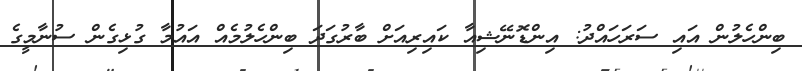
ބިންހެލުން އައި ސަރަހައްދު: އިންޑޮނޭޝިއާ ކައިރިއަށް ބާރުގަދަ ބިންހެލުމެއް އައުމާ ގުޅިގެން ސުނާމީގެ